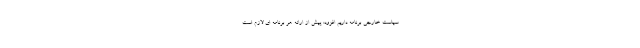
سیاست خارجی برنامه داریم افزود: پیش از ارائه هر برنامه ای لازم است